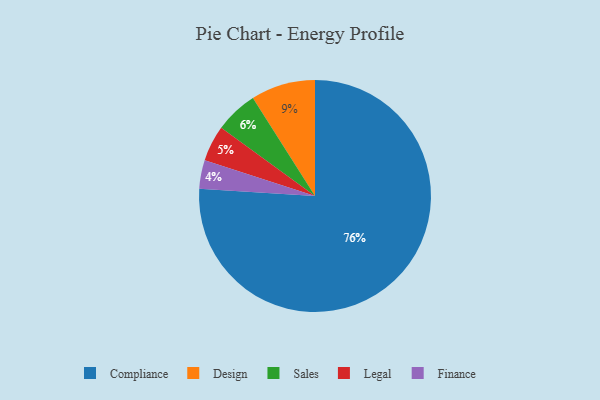
{"axis": {"x": "Category", "y": "Percentage"}, "legend": ["Compliance", "Design", "Finance", "Legal", "Sales"], "data": [{"x": "Finance", "y": 4, "type": "Finance"}, {"x": "Compliance", "y": 76, "type": "Compliance"}, {"x": "Legal", "y": 5, "type": "Legal"}, {"x": "Sales", "y": 6, "type": "Sales"}, {"x": "Design", "y": 9, "type": "Design"}]}